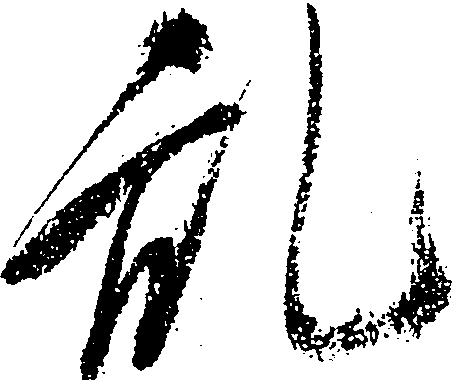
乱